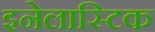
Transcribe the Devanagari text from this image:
इनेलास्टिक